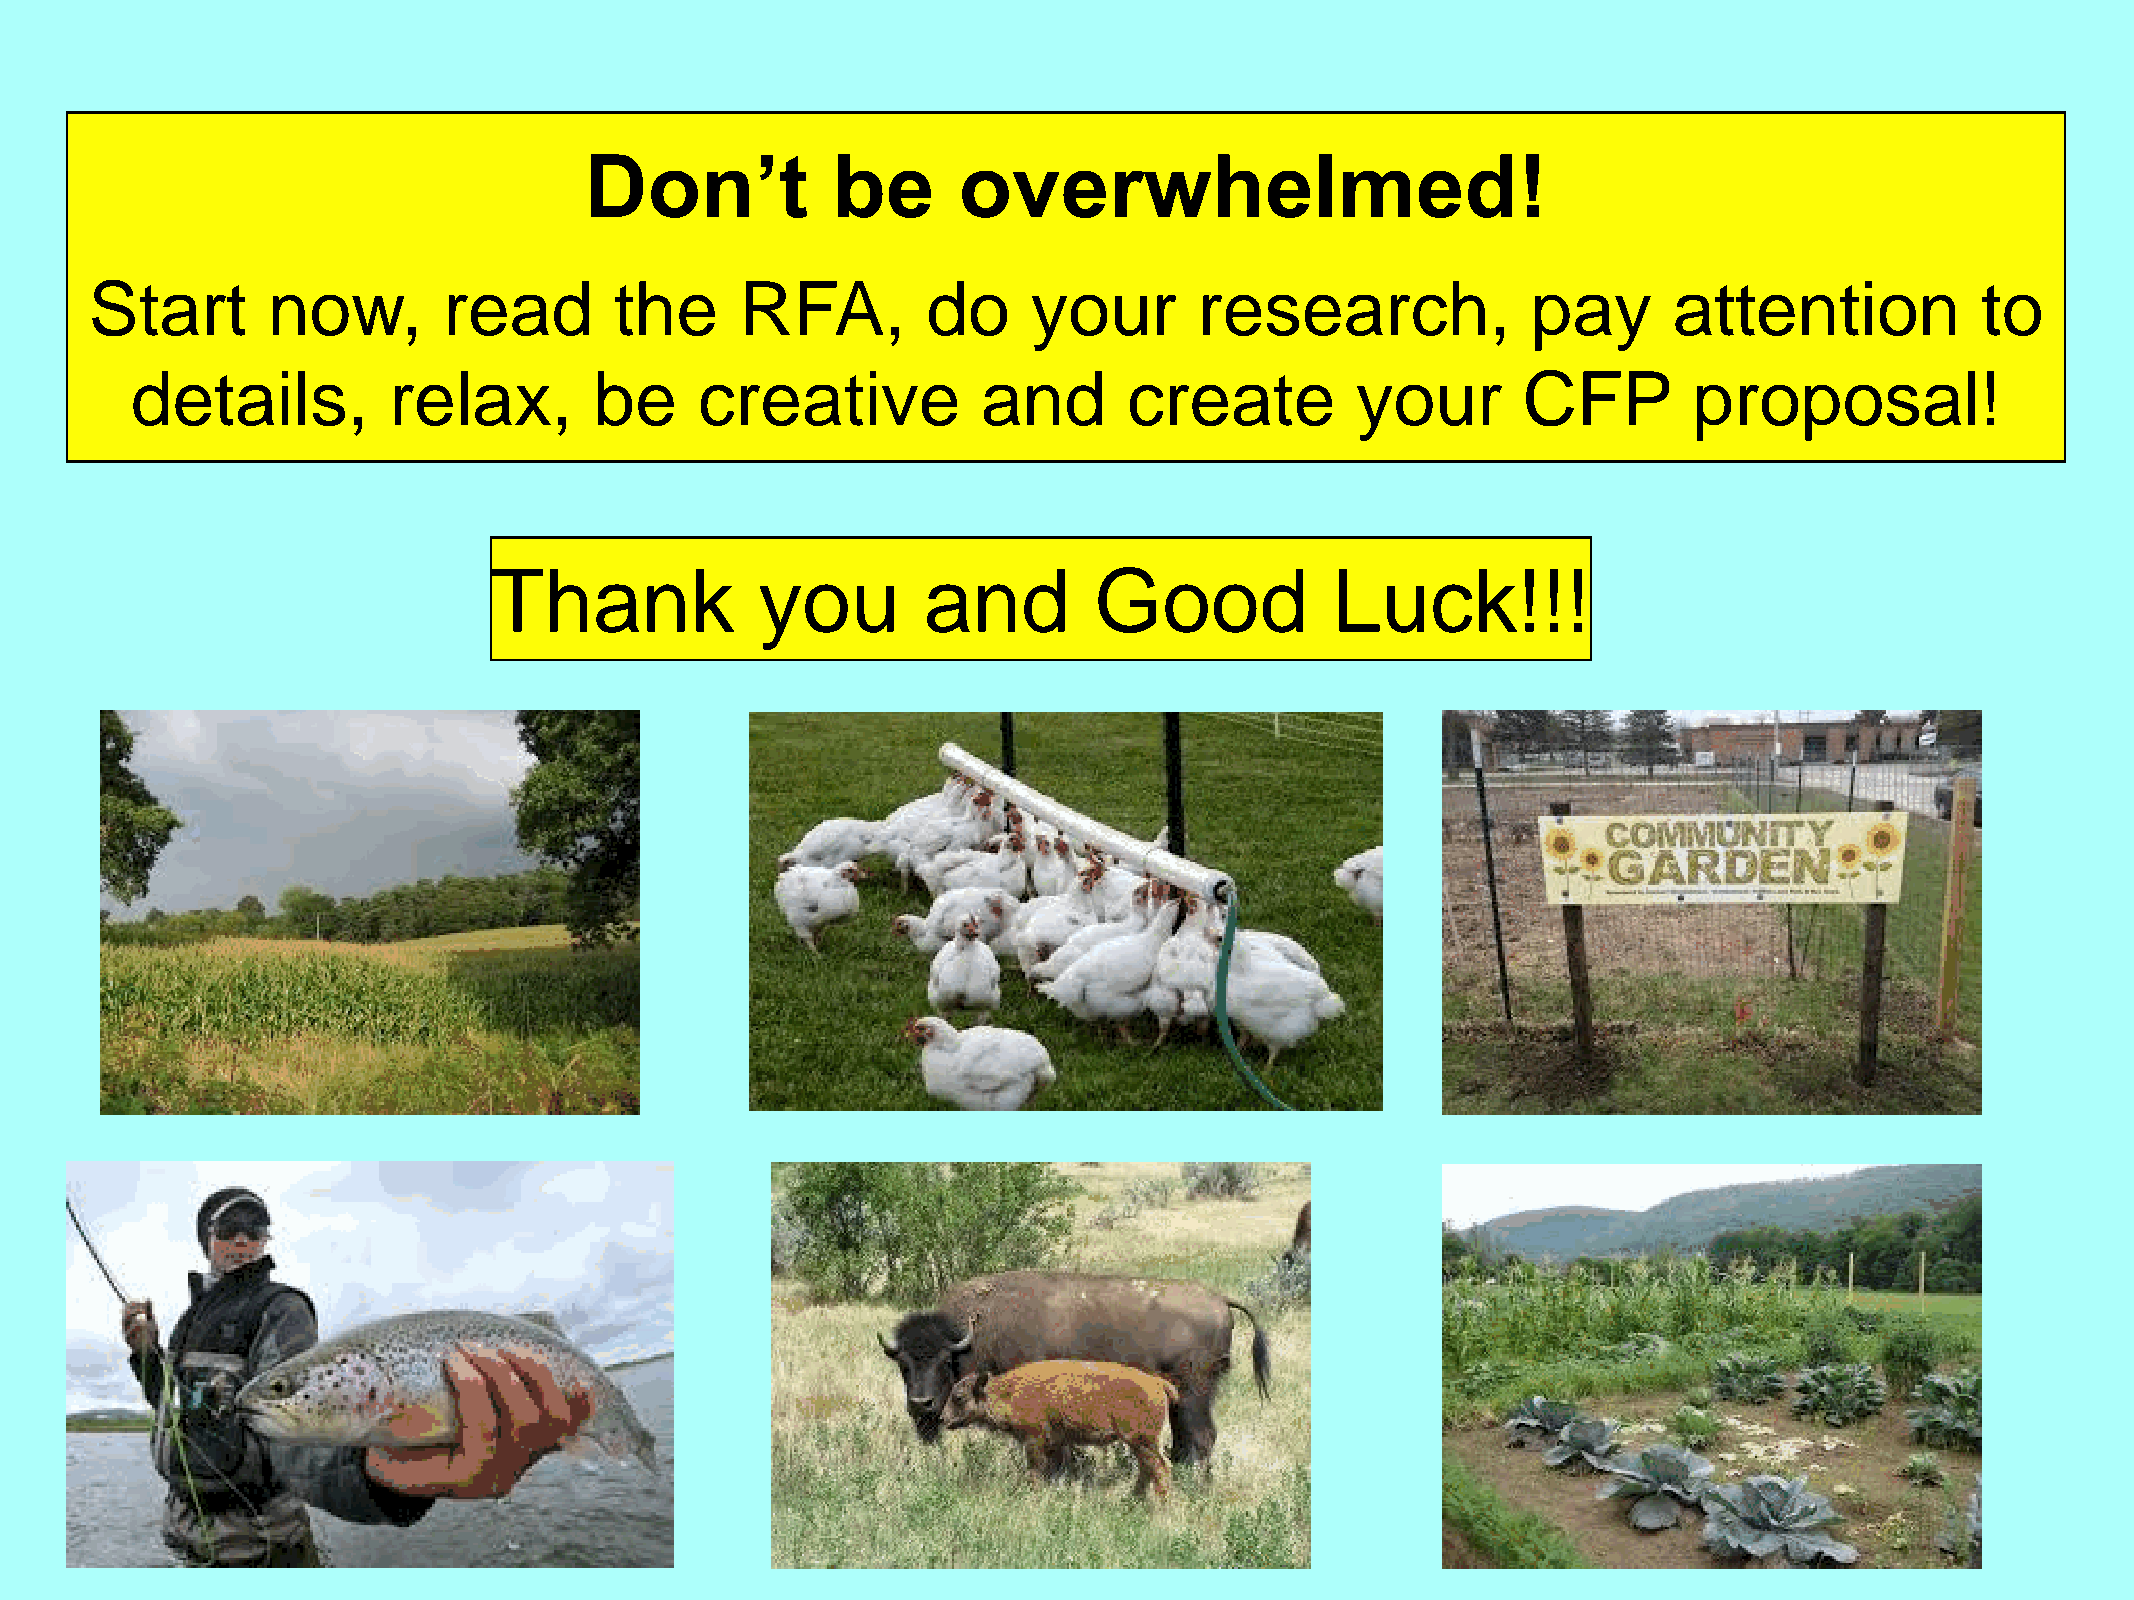
Don’t           be      overwhelmed!
 Start       now,       read        the     RFA,        do     your       research,             pay       attention           to
 details,         relax,       be     creative           and       create         your       CFP        proposal!
 Thank             you        and        Good            Luck!!!